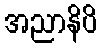
အညာနိပိ